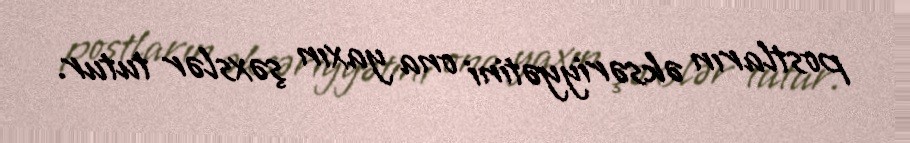
postların əksəriyyətini ona yaxın şəxslər tutur.